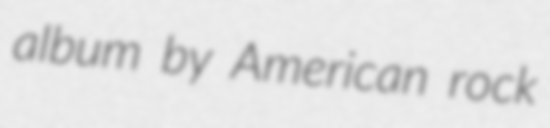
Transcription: album by American rock